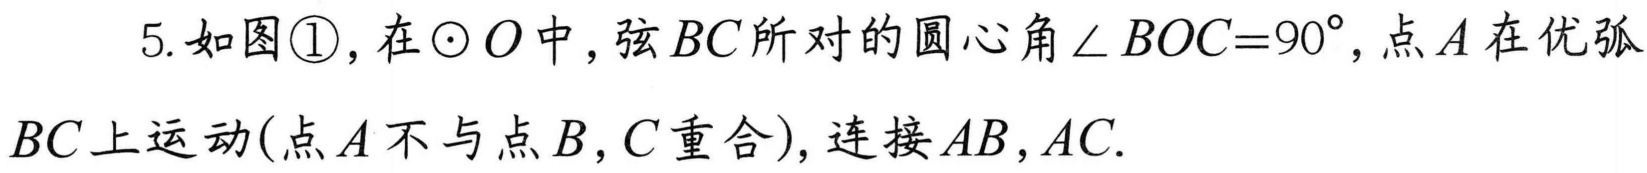
5.如图\textcircled{1}，在\(\odot O\)中，弦\(BC\)所对的圆心角\(\angle BOC = 90^{\circ}\)，点\(A\)在优弧\(BC\)上运动(点\(A\)不与点\(B\)，\(C\)重合)，连接\(AB\)，\(AC\).